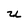
Character: U